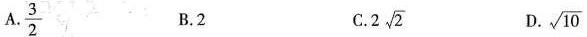
A.\frac{3}{2} B.2 C.2\sqrt{2} D.\sqrt{10}